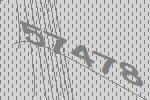
57478